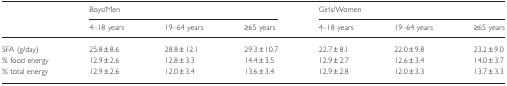
<table><thead><tr><td></td><td colspan="3"><b>Boys/Men</b></td><td colspan="3"><b>Girls/Women</b></td></tr><tr><td></td><td><b>4–18 years</b></td><td><b>19–64 years</b></td><td><b>≥65 years</b></td><td><b>4–18 years</b></td><td><b>19–64 years</b></td><td><b>≥65 years</b></td></tr></thead><tbody><tr><td>SFA (g/day)</td><td>25.8 ± 8.6</td><td>28.8 ± 12.1</td><td>29.3 ± 10.7</td><td>22.7 ± 8.1</td><td>22.0 ± 9.8</td><td>23.2 ± 9.0</td></tr><tr><td>% food energy</td><td>12.9 ± 2.6</td><td>12.8 ± 3.3</td><td>14.4 ± 3.5</td><td>12.9 ± 2.7</td><td>12.6 ± 3.4</td><td>14.0 ± 3.7</td></tr><tr><td>% total energy</td><td>12.9 ± 2.6</td><td>12.0 ± 3.4</td><td>13.6 ± 3.4</td><td>12.9 ± 2.8</td><td>12.0 ± 3.3</td><td>13.7 ± 3.3</td></tr></tbody></table>